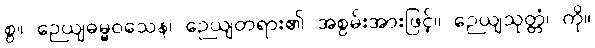
စွ။ ဉေယျဓမ္မဝသေန၊ ဉေယျတရား၏ အစွမ်းအားဖြင့်။ ဉေယျသုတ္တံ၊ ကို။